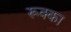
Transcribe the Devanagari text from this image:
रूक्का